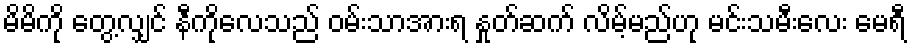
မိမိကို တွေ့လျှင် နီကိုလေသည် ဝမ်းသာအားရ နှုတ်ဆက် လိမ့်မည်ဟု မင်းသမီးလေး မေရီ